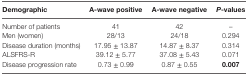
| Demographic | A-wave positive | A-wave negative | P-values |
 | --- | --- | --- | --- |
 | Number of patients | 41 | 42 | – |
 | Men (women) | 28/13 | 24/18 | 0.294 |
 | Disease duration (months) | 17.95 ± 13.87 | 14.87 ± 8.37 | 0.314 |
 | ALSFRS-R | 39.12 ± 5.77 | 37.08 ± 5.43 | 0.071 |
 | Disease progression rate | 0.73 ± 0.99 | 0.87 ± 0.55 | 0.007 |